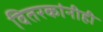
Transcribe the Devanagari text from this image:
वितरकांनीही